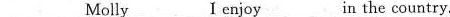
___Molly___I enjoy____n the country.